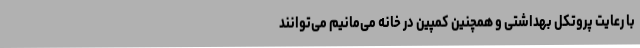
با رعایت پروتکل بهداشتی و همچنین کمپین در خانه می‌مانیم می‌توانند